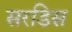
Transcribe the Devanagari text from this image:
सरडिस